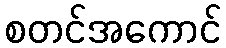
စတင်အကောင်